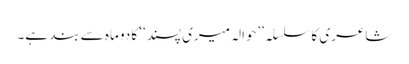
شاعری کا سلسلہ ’’حوالہ میری پسند‘‘ کا دو ماہ سے بند ہے۔